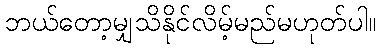
ဘယ်တော့မျှသိနိုင်လိမ့်မည်မဟုတ်ပါ။